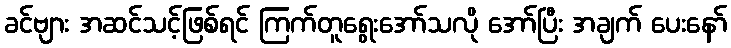
ခင်ဗျား အဆင်သင့်ဖြစ်ရင် ကြက်တူရွေးအော်သလို အော်ပြီး အချက် ပေးနော်